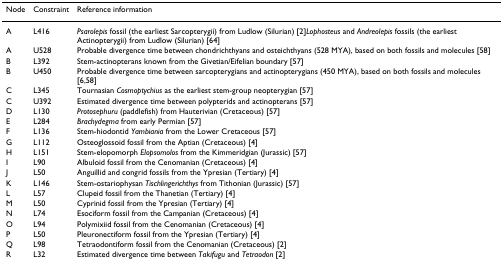
| Node | Constraint | Reference information |
 | --- | --- | --- |
 | A | L416 | Psarolepis fossil (the earliest Sarcopterygii) from Ludlow (Silurian) [2]Lophosteus and Andreolepis fossils (the earliest Actinopterygii) from Ludlow (Silurian) [64] |
 | A | U528 | Probable divergence time between chondrichthyans and osteichthyans (528 MYA), based on both fossils and molecules [58] |
 | B | L392 | Stem-actinopterans known from the Givetian/Eifelian boundary [57] |
 | B | U450 | Probable divergence time between sarcopterygians and actinopterygians (450 MYA), based on both fossils and molecules [6,58] |
 | C | L345 | Tournasian Cosmoptychius as the earliest stem-group neopterygian [57] |
 | C | U392 | Estimated divergence time between polypterids and actinopterans [57] |
 | D | L130 | Protosephuru (paddlefish) from Hauterivian (Cretaceous) [57] |
 | E | L284 | Brachydegma from early Permian [57] |
 | F | L136 | Stem-hiodontid Yambiania from the Lower Cretaceous [57] |
 | G | L112 | Osteoglossoid fossil from the Aptian (Cretaceous) [4] |
 | H | L151 | Stem-elopomorph Elopsomolos from the Kimmeridgian (Jurassic) [57] |
 | I | L90 | Albuloid fossil from the Cenomanian (Cretaceous) [4] |
 | J | L50 | Anguillid and congrid fossils from the Ypresian (Tertiary) [4] |
 | K | L146 | Stem-ostariophysan Tischlingerichthys from Tithonian (Jurassic) [57] |
 | L | L57 | Clupeid fossil from the Thanetian (Tertiary) [4] |
 | M | L50 | Cyprinid fossil from the Ypresian (Tertiary) [4] |
 | N | L74 | Esociform fossil from the Campanian (Cretaceous) [4] |
 | O | L94 | Polymixiid fossil from the Cenomanian (Cretaceous) [4] |
 | P | L50 | Pleuronectiform fossil from the Ypresian (Tertiary) [4] |
 | Q | L98 | Tetraodontiform fossil from the Cenomanian (Cretaceous) [2] |
 | R | L32 | Estimated divergence time between Takifugu and Tetraodon [2] |